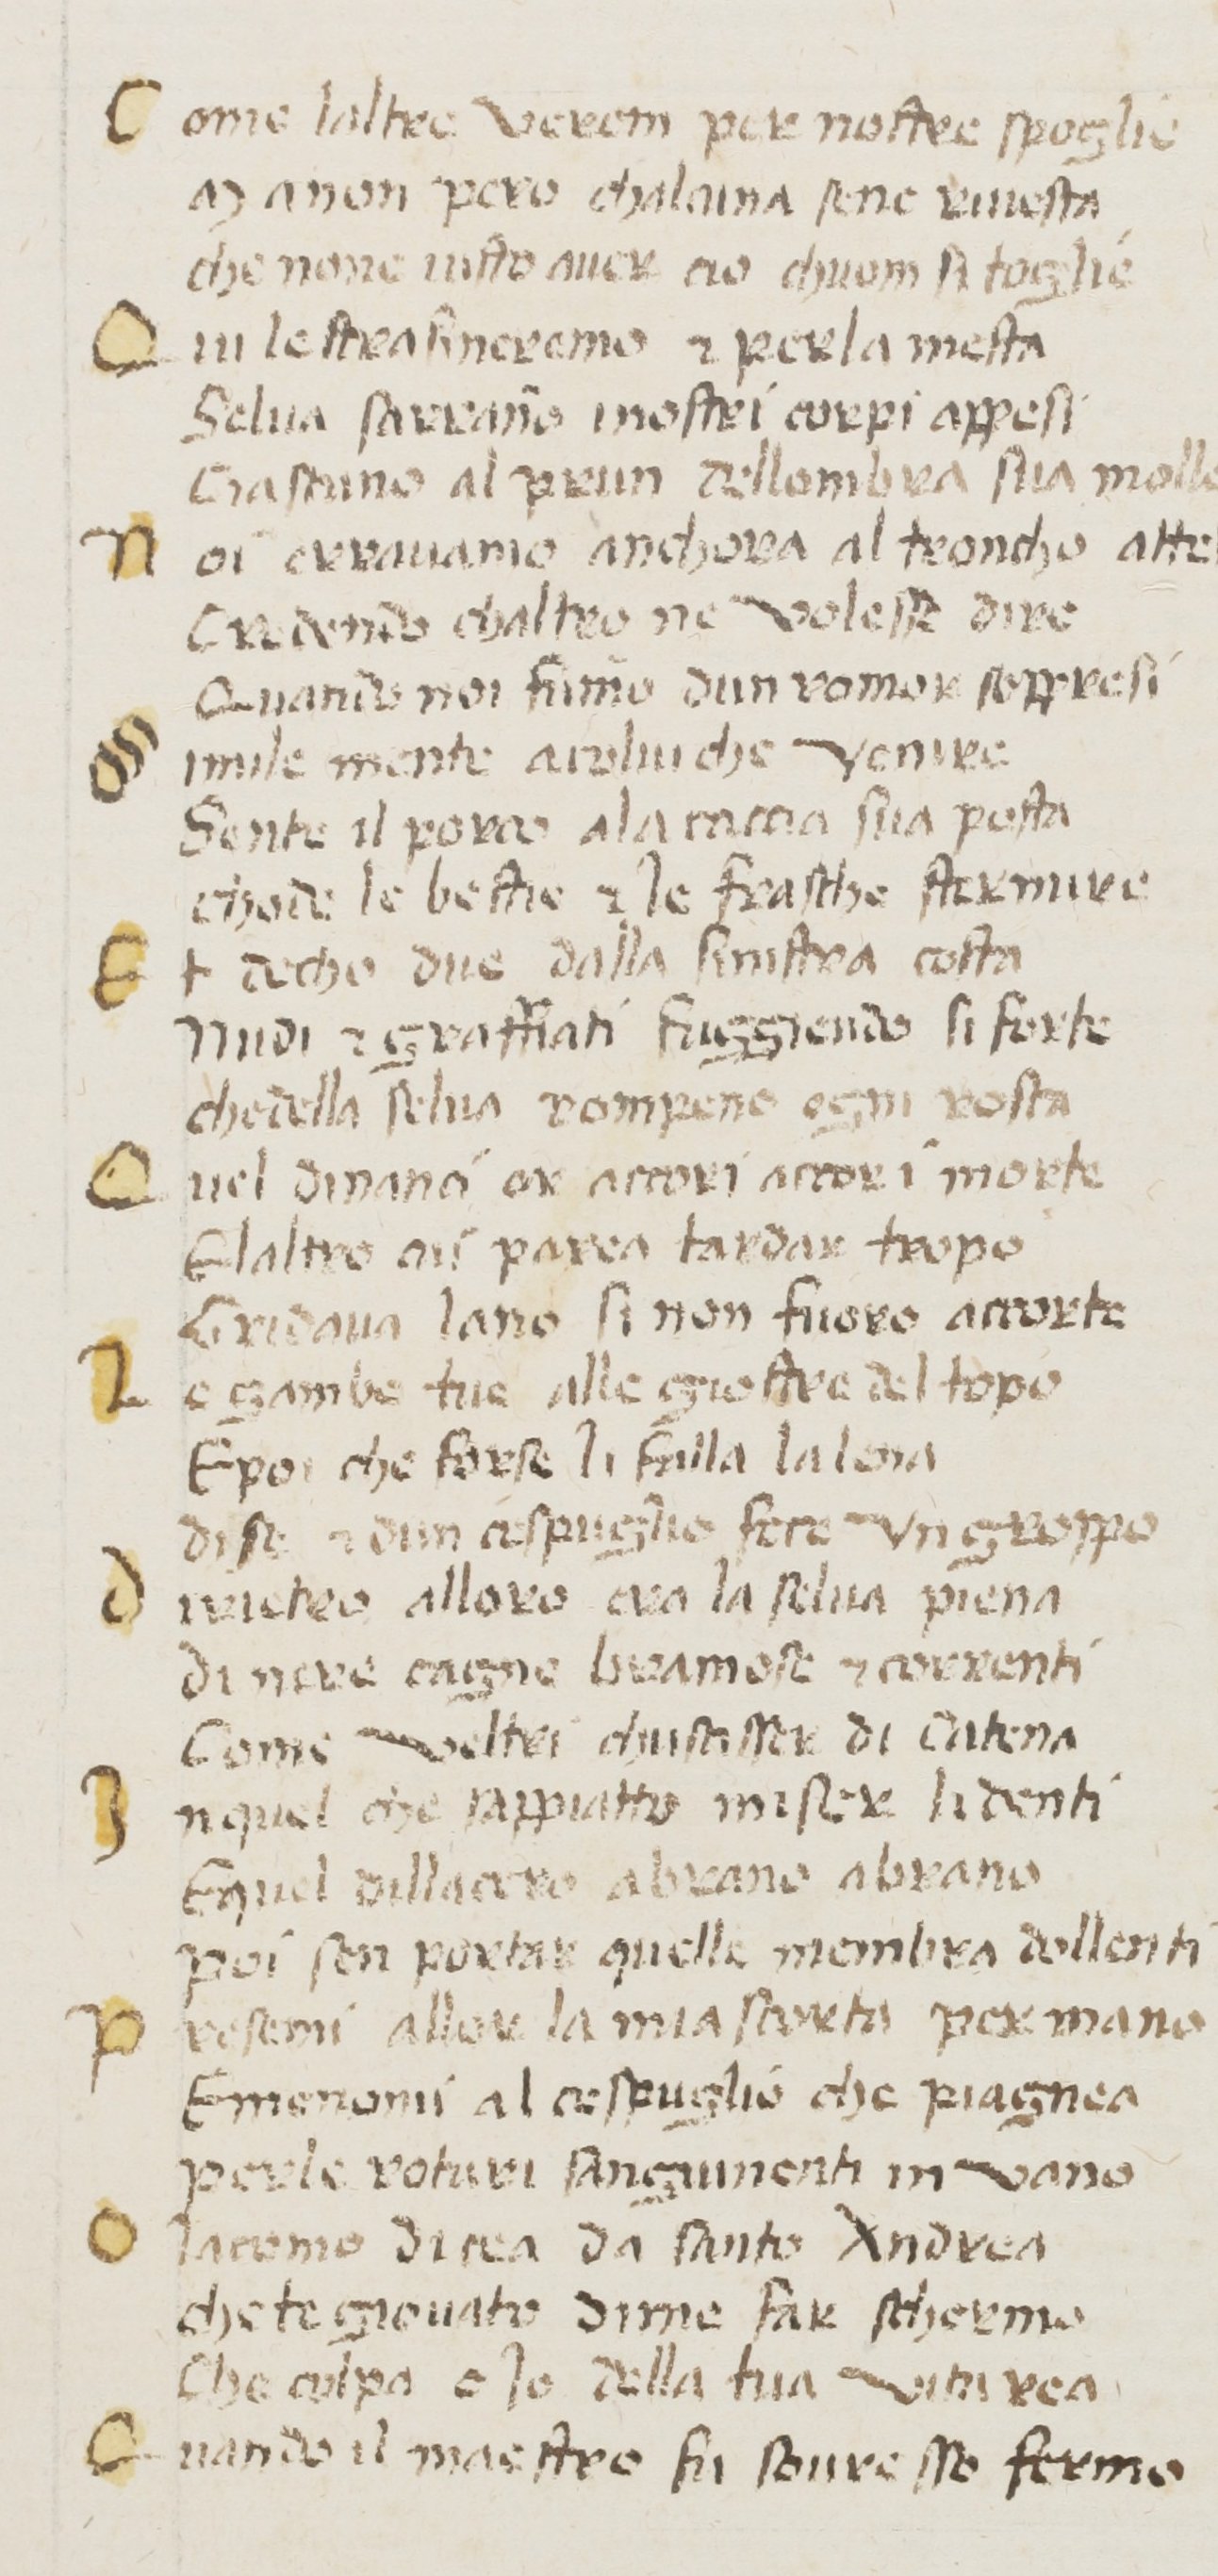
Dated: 1380–1399